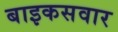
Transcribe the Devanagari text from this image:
बाइकसवार